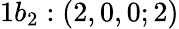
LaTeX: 1b_{2}:(2,0,0;2)